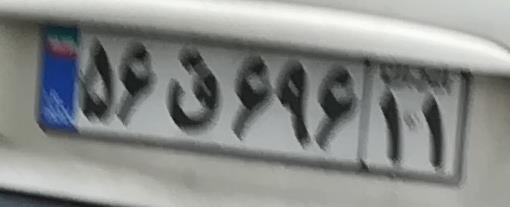
۵۶ق۶۹۶۱۱